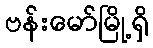
ဗန်းမော်မြို့ရှိ